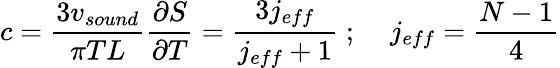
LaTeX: c=\frac{3v_{sound}}{\pi TL}\frac{\partial S}{\partial T}=\frac{3j_{eff}}{j_{eff}+1}\; ;\; \; \; \; j_{eff}=\frac{N-1}{4}